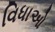
વિધાઓ